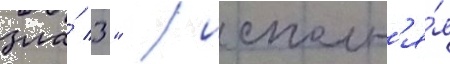
зла́ 3" / исполн'я́я